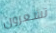
تشعرون